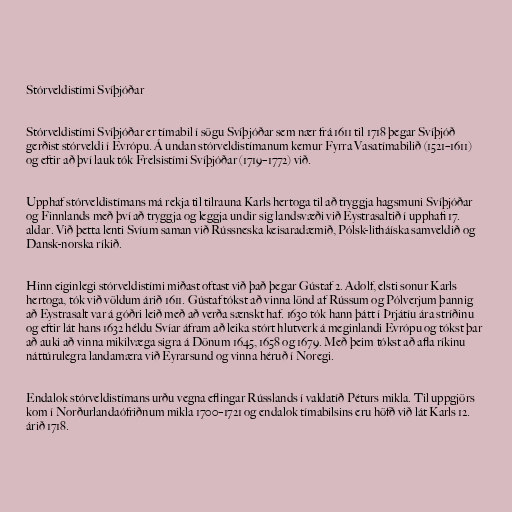
Stórveldistími Svíþjóðar

Stórveldistími Svíþjóðar er tímabil í sögu Svíþjóðar sem nær frá 1611 til 1718 þegar Svíþjóð
gerðist stórveldi í Evrópu. Á undan stórveldistímanum kemur Fyrra Vasatímabilið (1521–1611)
og eftir að því lauk tók Frelsistími Svíþjóðar (1719–1772) við.

Upphaf stórveldistímans má rekja til tilrauna Karls hertoga til að tryggja hagsmuni Svíþjóðar
og Finnlands með því að tryggja og leggja undir sig landsvæði við Eystrasaltið í upphafi 17.
aldar. Við þetta lenti Svíum saman við Rússneska keisaradæmið, Pólsk-litháíska samveldið og
Dansk-norska ríkið.

Hinn eiginlegi stórveldistími miðast oftast við það þegar Gústaf 2. Adolf, elsti sonur Karls
hertoga, tók við völdum árið 1611. Gústaf tókst að vinna lönd af Rússum og Pólverjum þannig
að Eystrasalt var á góðri leið með að verða sænskt haf. 1630 tók hann þátt í Þrjátíu ára stríðinu
og eftir lát hans 1632 héldu Svíar áfram að leika stórt hlutverk á meginlandi Evrópu og tókst þar
að auki að vinna mikilvæga sigra á Dönum 1645, 1658 og 1679. Með þeim tókst að afla ríkinu
náttúrulegra landamæra við Eyrarsund og vinna héruð í Noregi.

Endalok stórveldistímans urðu vegna eflingar Rússlands í valdatíð Péturs mikla. Til uppgjörs
kom í Norðurlandaófriðnum mikla 1700–1721 og endalok tímabilsins eru höfð við lát Karls 12.
árið 1718.